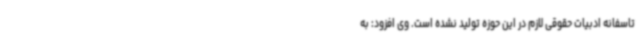
تاسفانه ادبیات حقوقی لازم در این حوزه تولید نشده است. وی افزود: به